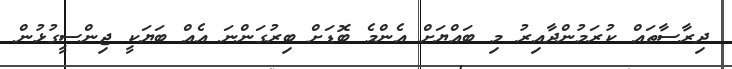
ދިރާސާތައް ކުރަމުންދާއިރު މި ބައްޔަށް އެންމެ ބޮޑަށް ބިރުގަންނަ އެއް ބަޔަކީ ޖިންސީގުޅުން